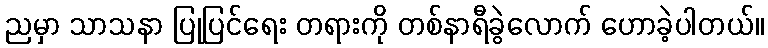
ညမှာ သာသနာ ပြုပြင်ရေး တရားကို တစ်နာရီခွဲလောက် ဟောခဲ့ပါတယ်။